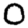
Digit: 0